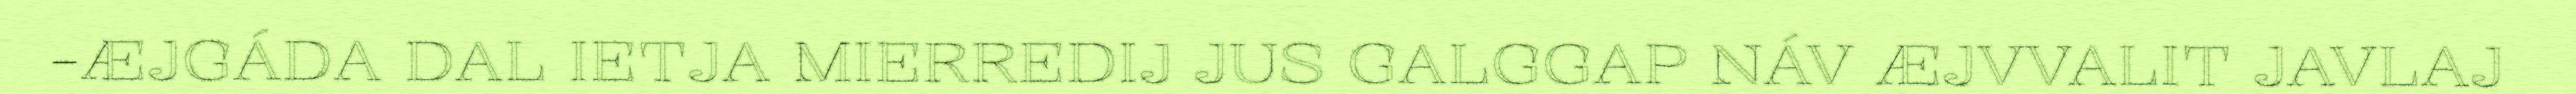
-ÆJGÁDA DAL IETJA MIERREDIJ JUS GALGGAP NÁV ÆJVVALIT JAVLAJ